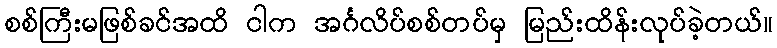
စစ်ကြီးမဖြစ်ခင်အထိ ငါက အင်္ဂလိပ်စစ်တပ်မှ မြည်းထိန်းလုပ်ခဲ့တယ်။